Applicability to medico-legal practice in India of the biochemical tests for the origin of blood-stains - Number 39
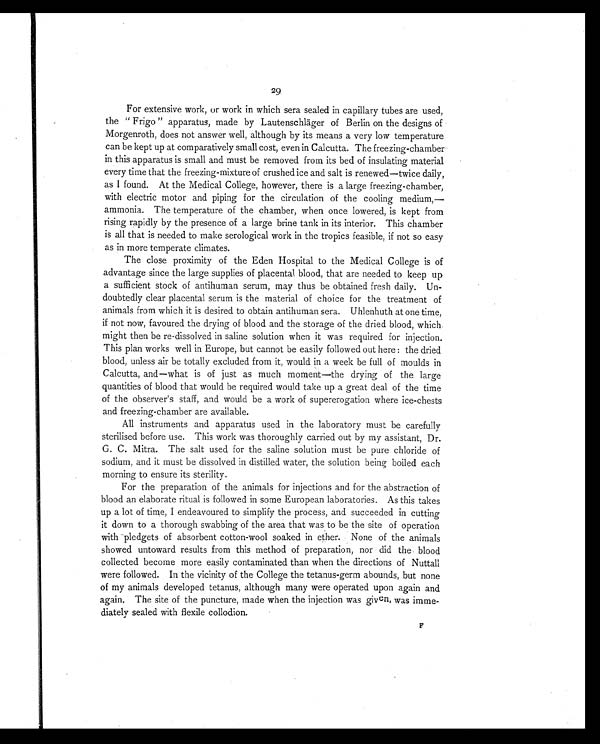
29
For extensive work, or work in which sera sealed in capillary tubes are used,
the " Frigo" apparatus, made by Lautenschläger of Berlin on the designs of
Morgenroth, does not answer well, although by its means a very low temperature
can be kept up at comparatively small cost, even in Calcutta. The freezing-chamber
in this apparatus is small and must be removed from its bed of insulating material
every time that the freezing-mixture of crushed ice and salt is renewed—twice daily,
as I found. At the Medical College, however, there is a large freezing-chamber,
with electric motor and piping for the circulation of the cooling medium,—
ammonia. The temperature of the chamber, when once lowered, is kept from
rising rapidly by the presence of a large brine tank in its interior. This chamber
is all that is needed to make serological work in the tropics feasible, if not so easy
as in more temperate climates.
The close proximity of the Eden Hospital to the Medical College is of
advantage since the large supplies of placental blood, that are needed to keep up
a sufficient stock of antihuman serum, may thus be obtained fresh daily. Un-
doubtedly clear placental serum is the material of choice for the treatment of
animals from which it is desired to obtain antihuman sera. Uhlenhuth at one time,
if not now, favoured the drying of blood and the storage of the dried blood, which
might then be re-dissolved in saline solution when it was required for injection.
This plan works well in Europe, but cannot be easily followed out here: the dried
blood, unless air be totally excluded from it, would in a week be full of moulds in
Calcutta, and—what is of just as much moment—the drying of the large
quantities of blood that would be required would take up a great deal of the time
of the observer's staff, and would be a work of supererogation where ice-chests
and freezing-chamber are available.
All instruments and apparatus used in the laboratory must be carefully
sterilised before use. This work was thoroughly carried out by my assistant, Dr.
G. C. Mitra. The salt used for the saline solution must be pure chloride of
sodium, and it must be dissolved in distilled water, the solution being boiled each
morning to ensure its sterility.
For the preparation of the animals for injections and for the abstraction of
blood an elaborate ritual is followed in some European laboratories. As this takes
up a lot of time, I endeavoured to simplify the process, and succeeded in cutting
it down to a thorough swabbing of the area that was to be the site of operation
with pledgets of absorbent cotton-wool soaked in ether. None of the animals
showed untoward results from this method of preparation, nor did the blood
collected become more easily contaminated than when the directions of Nuttall
were followed. In the vicinity of the College the tetanus-germ abounds, but none
of my animals developed tetanus, although many were operated upon again and
again. The site of the puncture, made when the injection was given, was imme-
diately sealed with flexile collodion.